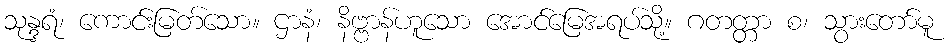
သုန္ဒရံ၊ ကောင်းမြတ်သော။ ဌာနံ၊ နိဗ္ဗာန်ဟူသော အောင်မြေအရပ်သို့။ ဂတတ္တာ စ၊ သွားတော်မူ